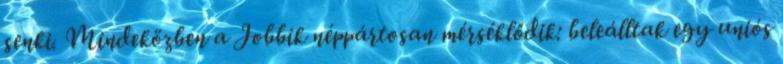
senki. Mindeközben a Jobbik néppártosan mérséklődik: beleálltak egy uniós